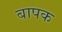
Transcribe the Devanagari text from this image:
बापक